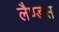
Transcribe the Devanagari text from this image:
लैण्डस